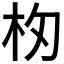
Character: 𣏯